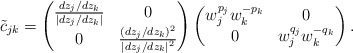
\begin{align*}\tilde c_{jk} = \begin{pmatrix} \frac{dz_j/dz_k}{|dz_j/dz_k|}& 0 \\ 0 & \frac{(dz_j/dz_k)^2}{|dz_j/dz_k|^2}\end{pmatrix}\begin{pmatrix} w_j^{p_j}w_k^{-p_k} & 0 \\ 0 & w_j^{q_j}w_k^{-q_k}\end{pmatrix}.\end{align*}